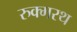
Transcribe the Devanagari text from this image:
रुक्मरथ